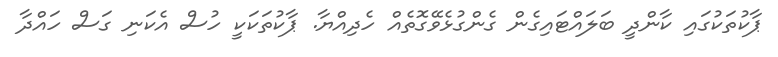
ޕާކުތަކުގައި ކާންދީ ބަލައްޓައިގެން ގެންގުޅެވޭގޮތެއް ހެދިއްޔާ. ޕާކުތަކަކީ ހުސް އެކަނި ގަސް ހައްދާ